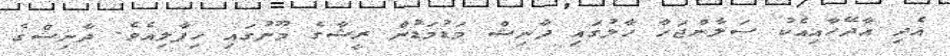
އެދި އާދޭހާއިއެކު ސަލާންޖަހާ ހާލުގައި ދާނިޝް މަޑުމަޑުން ރީޝާގެ މޫނުގައިި ހިފާލިއެވެ. ދާނިޝްގެ